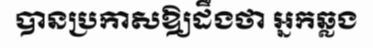
បានប្រកាសឱ្យដឹងថា អ្នកឆ្លង